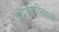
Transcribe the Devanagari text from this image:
चंद्रकोरीखाली